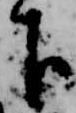
下